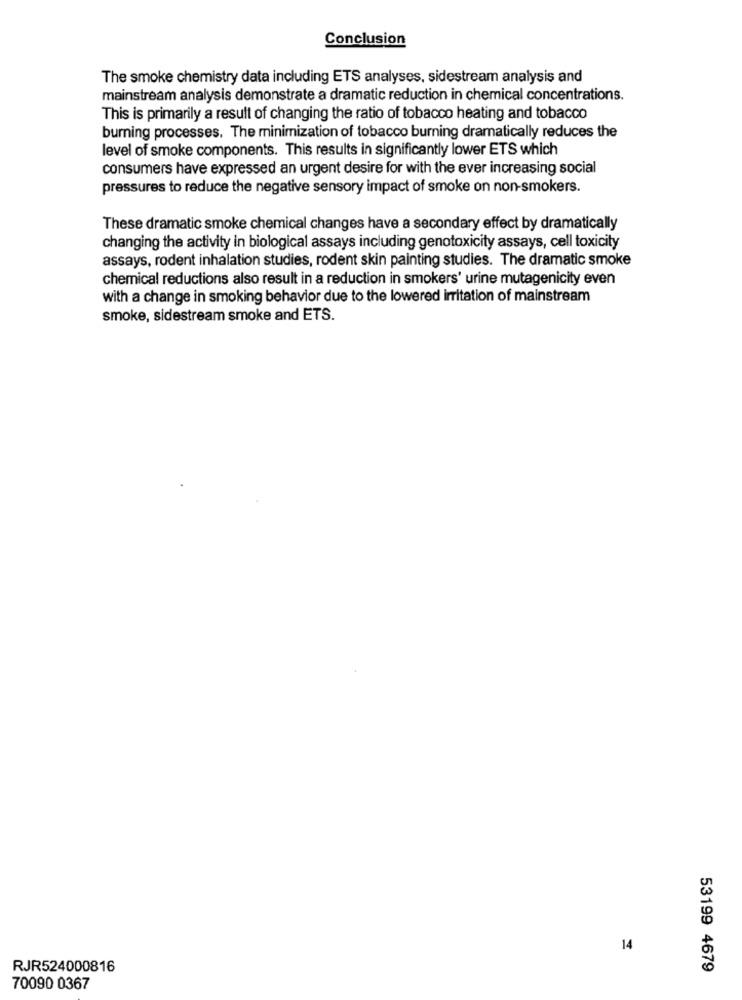
Conclusion
The smoke chemistry data including ETS analyses, sidestream analysis and
mainstream analysis demonstrate a dramatic reduction in chemical concentrations.
This is primarily a result of changing the ratio of tobacco heating and tobacco
burning processes. The minimization of tobacco burning dramatically reduces the
level of smoke components. This results in significantly lower ETS which
consumers have expressed an urgent desire for with the ever increasing social
pressures to reduce the negative sensory impact of smoke on non-smokers.
These dramatic smoke chemical changes have a secondary effect by dramatically
changing the activity in biological assays including genotoxicity assays, cell toxicity
assays, rodent inhalation studies, rodent skin painting studies. The dramatic smoke
chemical reductions also result in a reduction in smokers' urine mutagenicity even
with a change in smoking behavior due to the lowered irritation of mainstream
smoke, sidestream smoke and ETS.
14
RJR524000816
53199 4679
70090 0367